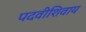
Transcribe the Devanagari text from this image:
पदवीशिवाय